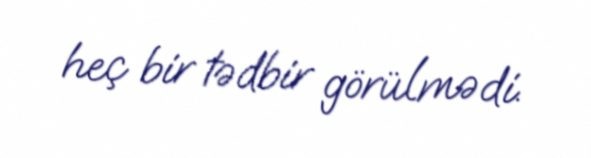
heç bir tədbir görülmədi.